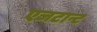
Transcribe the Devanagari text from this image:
एजटान्ट